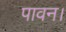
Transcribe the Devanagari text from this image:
पावन।